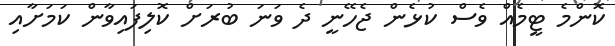
ކޮންމެ ޓީމެއް ވެސް ކުޅެން ޖެހޭނީ ދެ ވަނަ ބުރަށް ކޮލިފައިވާން ކަމަށާއި